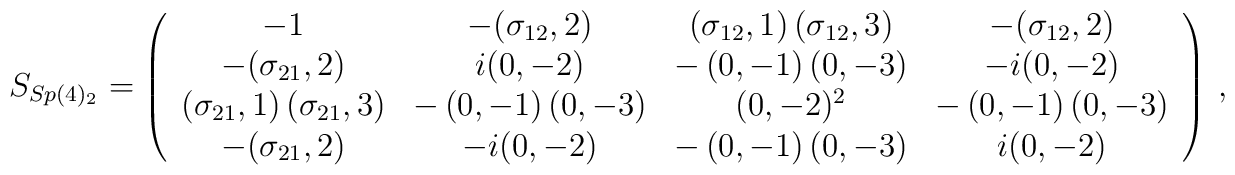
S_{Sp(4)_{2}}=\left( \begin{array}{cccc}-1 & -(\sigma _{12},2) & \left( \sigma _{12},1\right) \left( \sigma_{12},3\right)  & -(\sigma _{12},2) \\ -(\sigma _{21},2) & i(0,-2) & -\left( 0,-1\right) \left( 0,-3\right)  & -i(0,-2) \\ \left( \sigma _{21},1\right) \left( \sigma _{21},3\right)  & -\left(0,-1\right) \left( 0,-3\right)  & (0,-2)^{2} & -\left( 0,-1\right) \left(0,-3\right)  \\ -(\sigma _{21},2) & -i(0,-2) & -\left( 0,-1\right) \left( 0,-3\right)  & i(0,-2)\end{array}\right) \,,